Philaematomyia insignis, Austen - Number 54
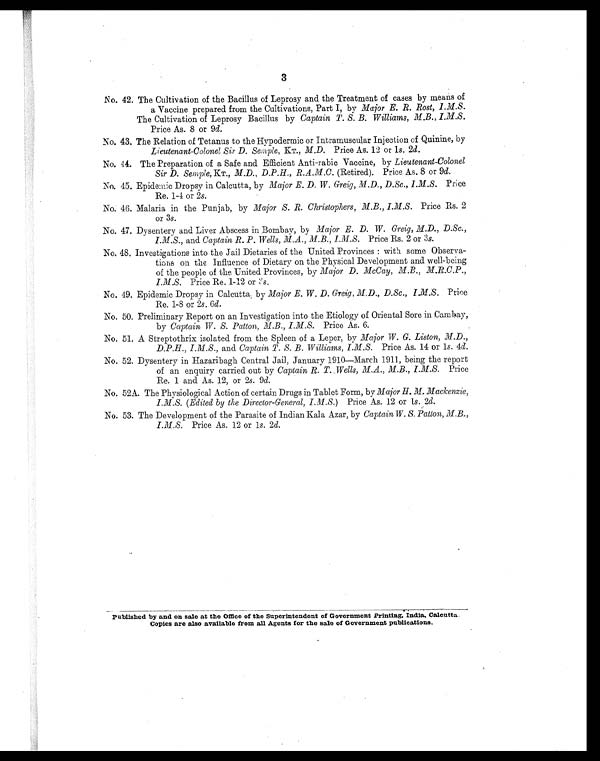
3
No. 42. The Cultivation of the Bacillus of Leprosy and the Treatment of cases by means of
a Vaccine prepared from the Cultivations, Part I, by Major E. R. Rost, I.M.S.
The Cultivation of Leprosy Bacillus by Captain T. S. B. Williams, M.B., I.M.S.
Price As. 8 or 9 d.
No. 43. The Relation of Tetanus to the Hypodermic or Intramuscular Injection of Quinine, by
Lieutenant-Colonel Sir D. Semple, KT., M.D. Price As. 12 or is. 2d.
No. 44. The Preparation of a Safe and Efficient Anti-rabic Vaccine, by Lieutenant-Colonel
Sir D. Semple, KT., M.D., D.P.H., R.A.M.C. (Retired). Price As. 8 or 9d.
No. 45. Epidemic Dropsy in Calcutta, by Major E. D. W. Greig, M.D., D.Sc., I.M.S. Price
Re. 1-4 or 2s.
No.. 46. Malaria in the Punjab, by Major S. R. Christophers,
I.M.S. Price Rs. 2
or 3s.
No. 47. Dysentery and Liver Abscess in Bombay, by Major E. D. W. Greig, M.D., D.Sc.,
I.M.S., and Captain R. P. Wells, M.A., M.B., I.M.S. Price Rs. 2 or 3s.
No. 48, Investigations into the Jail Dietaries of the United Provinces : with some Observa-
tions on the Influence of Dietary on the Physical Development and well-being
of the people of the United Provinces, by Major D. McCay, M.B.,
I.M.S. Price Re. 1-12 or 3s .
No. 49. Epidemic Dropsy in Calcutta. by Major E. W. Greig, M.D., D.Sc., I.M.S. Price
Re. 1-8 or 2s . 6d.
No. 50. Preliminary Report on an Investigation into the Etiology of Oriental Sore in Cambay,
by Captain W. S. Patton, M.B., I.M.S. Price As. 6.
No. 51. A Streptothrix isolated from the Spleen of a Leper, by Major W. G. Liston, M.D.,
D.P.H., I.M.S., and Captain I. S. B. Williams, I.M.S. Price As. 14 or 1s. 4d.
No. 52. Dysentery in Hazaribagh Central Jail, January 1910—March 1911, being the report
of an enquiry carried out by Captain R. T. Wells, M.B., I.M.S. Price
Re. 1 and As. 12, or 2s. 9d.
No. 52A. The Physiological Action of certain Drugs in Tablet Form, by Major H. M. Mackenzie,
I.M.S. (Edited by the Director-General, I.M.S .) Price As. 12 or 1s. 2d.
No. 53. The Development of the Parasite of Indian Bala Azar, by Captain W. S. Patton, M.B.,
I.M.S. Price As. 12 or 1s. 2d.
published by and on sale at the Office of the Superintendent of Government Printing, India, Calcutta.
Copies are also available from all Agents for the sale of Government publications.